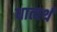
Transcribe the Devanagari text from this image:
धात्वर्थं